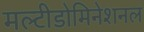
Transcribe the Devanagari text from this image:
मल्टीडोमिनेशनल